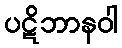
ပဋိဘာနဝါ